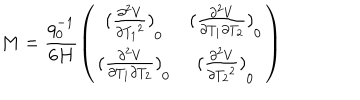
LaTeX: M = \frac { q _ { 0 } ^ { - 1 } } { 6 H } \left( \begin{matrix} { { { ( \frac { { \partial ^ { 2 } } V } { \partial { T _ { 1 } } ^ { 2 } } ) } _ { 0 } } } & { { { ( \frac { { \partial ^ { 2 } } V } { \partial { T _ { 1 } } \partial { T _ { 2 } } } ) } _ { 0 } } } \\ { { { ( \frac { { \partial ^ { 2 } } V } { \partial { T _ { 1 } } \partial { T _ { 2 } } } ) } _ { 0 } } } & { { { ( \frac { { \partial ^ { 2 } } V } { \partial { T _ { 2 } } ^ { 2 } } ) } _ { 0 } } } \\ \end{matrix} \right)